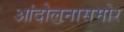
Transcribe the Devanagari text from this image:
आंदोलनासमोर